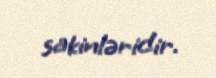
sakinləridir.